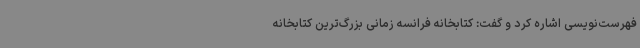
فهرست‌نویسی اشاره کرد و گفت: کتابخانه فرانسه زمانی بزرگ‌ترین کتابخانه